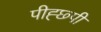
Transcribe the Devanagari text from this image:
पीह्छ्पी